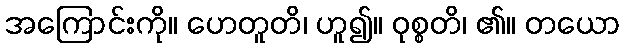
အကြောင်းကို။ ဟေတူတိ၊ ဟူ၍။ ဝုစ္စတိ၊ ၏။ တယော